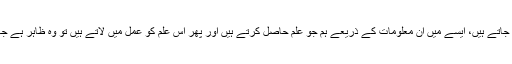
ہمارا المیہ تو یہ ہے کہ ہماری معلومات میں بھی سنگین نقائص پائے جاتے ہیں، ایسے میں ان معلومات کے ذریعے ہم جو علم حاصل کرتے ہیں اور پھر اس علم کو عمل میں لاتے ہیں تو وہ ظاہر ہے جہالت جو نتائج نکلتے ہیں اس سے بھی زیادہ نقصان دہ ثابت ہوتے ہیں۔